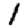
Digit: 1